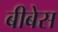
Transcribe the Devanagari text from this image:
बीबेस